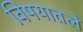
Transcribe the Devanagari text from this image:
विषयातले